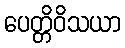
ပေတ္တိဝိသယာ